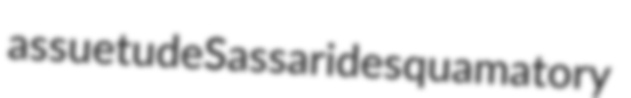
assuetude Sassari desquamatory